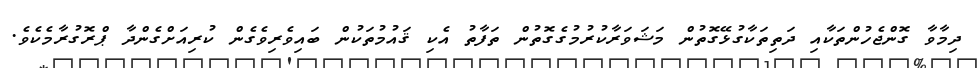
ދިމާވާ ގޮންޖެހުންތަކާއި ދަތިތަކާގުޅޭގޮތުން މަޝަވަރާކުރުމުގެގޮތުން ތަފާތު އެކި ޤައުމުތަކުން ބައިވެރިވެގެން ކުރިއަށްގެންދާ ޕްރޮގުރާމެކެވެ.